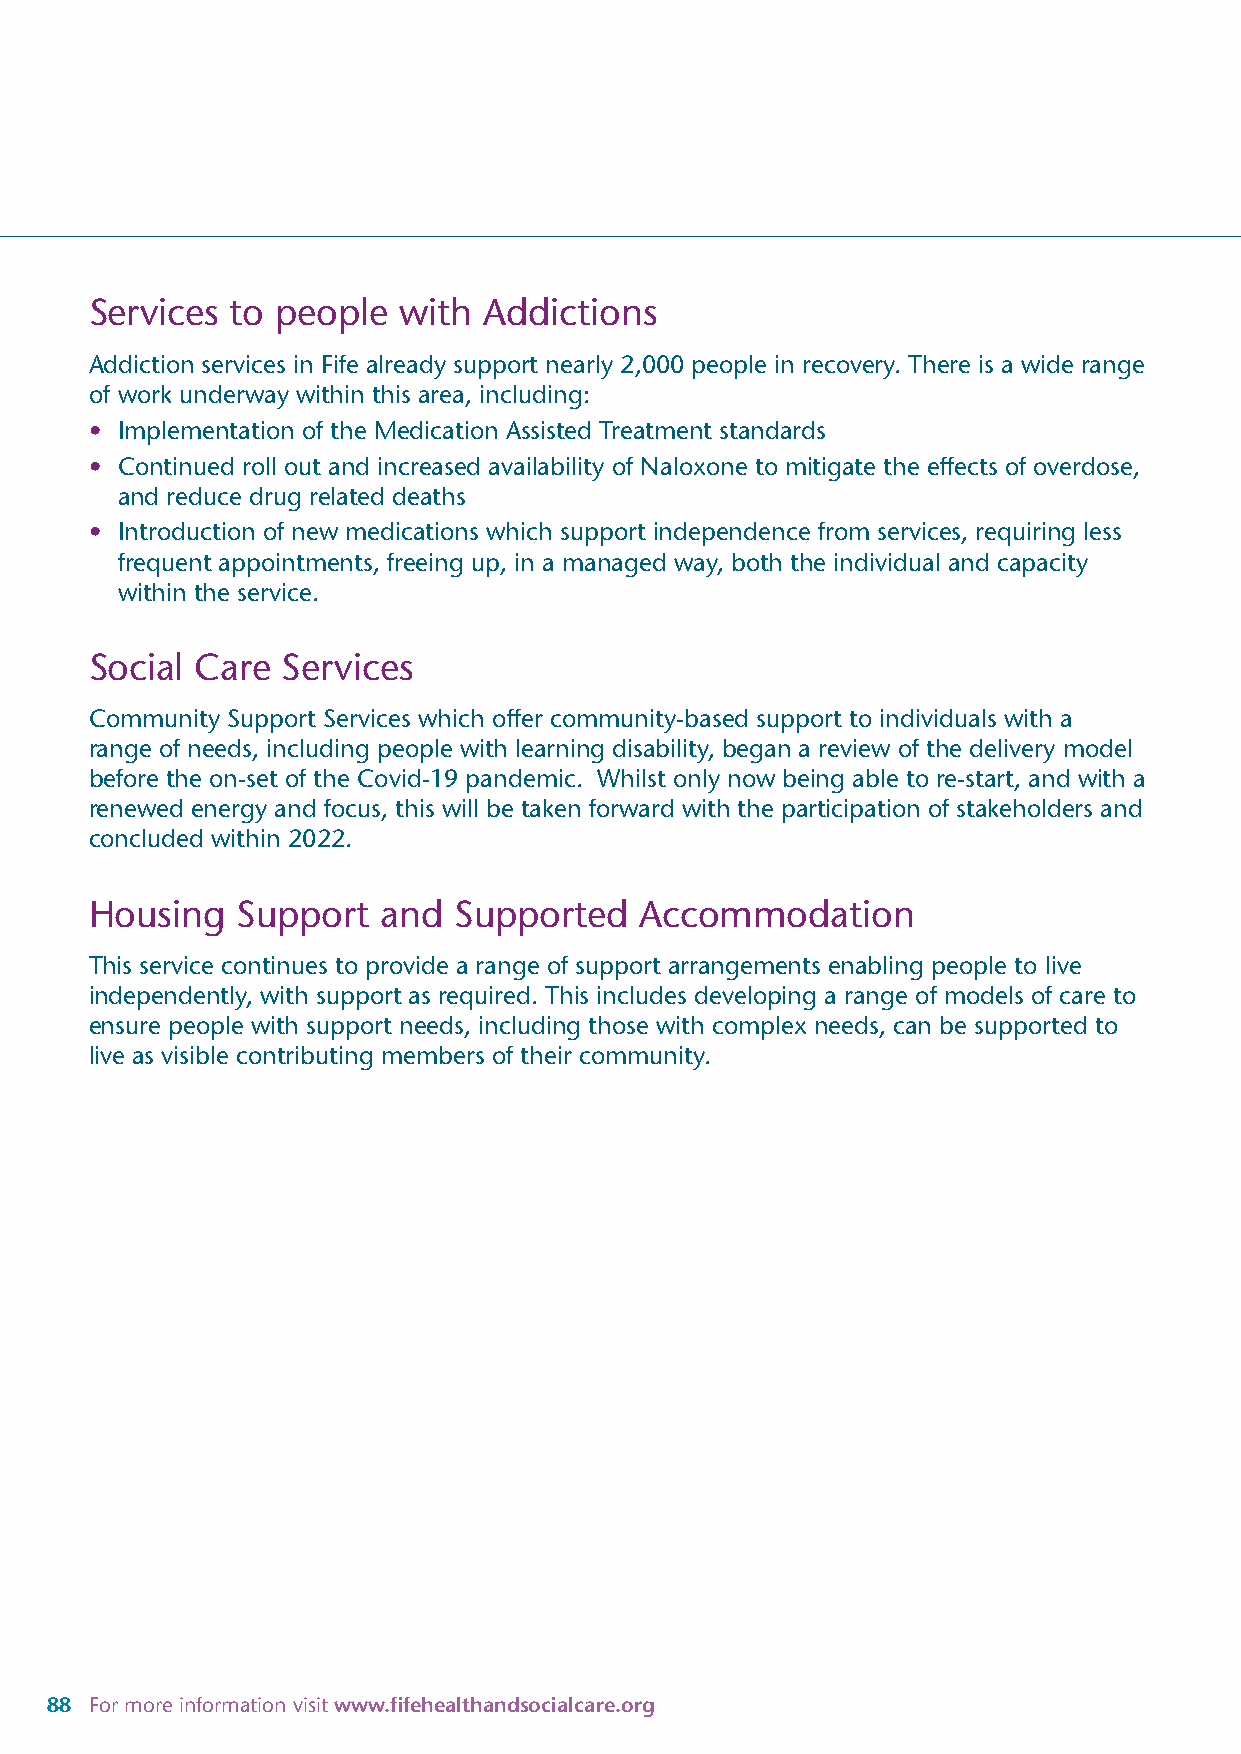
Services to people  with  Addictions
 Addiction services in Fife already support nearly 2,000 people in recovery. There is a wide range
 of work underway within this area, including:
 • Implementation of the Medication Assisted Treatment standards
 • Continued roll out and increased availability of Naloxone to mitigate the effects of overdose,
 and reduce drug related deaths
 • Introduction of new medications which support independence from services, requiring less
 frequent appointments, freeing up, in a managed way, both the individual and capacity
 within the service.
 Social Care  Services
 Community Support Services which offer community-based support to individuals with a
 range of needs, including people with learning disability, began a review of the delivery model
 before the on-set of the Covid-19 pandemic. Whilst only now being able to re-start, and with a
 renewed energy and focus, this will be taken forward with the participation of stakeholders and
 concluded within 2022.
 Housing   Support  and  Supported   Accommodation
 This service continues to provide a range of support arrangements enabling people to live
 independently, with support as required. This includes developing a range of models of care to
 ensure people with support needs, including those with complex needs, can be supported to
 live as visible contributing members of their community.
 88 For more information visit www.fifehealthandsocialcare.org